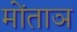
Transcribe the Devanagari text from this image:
मोंताञ